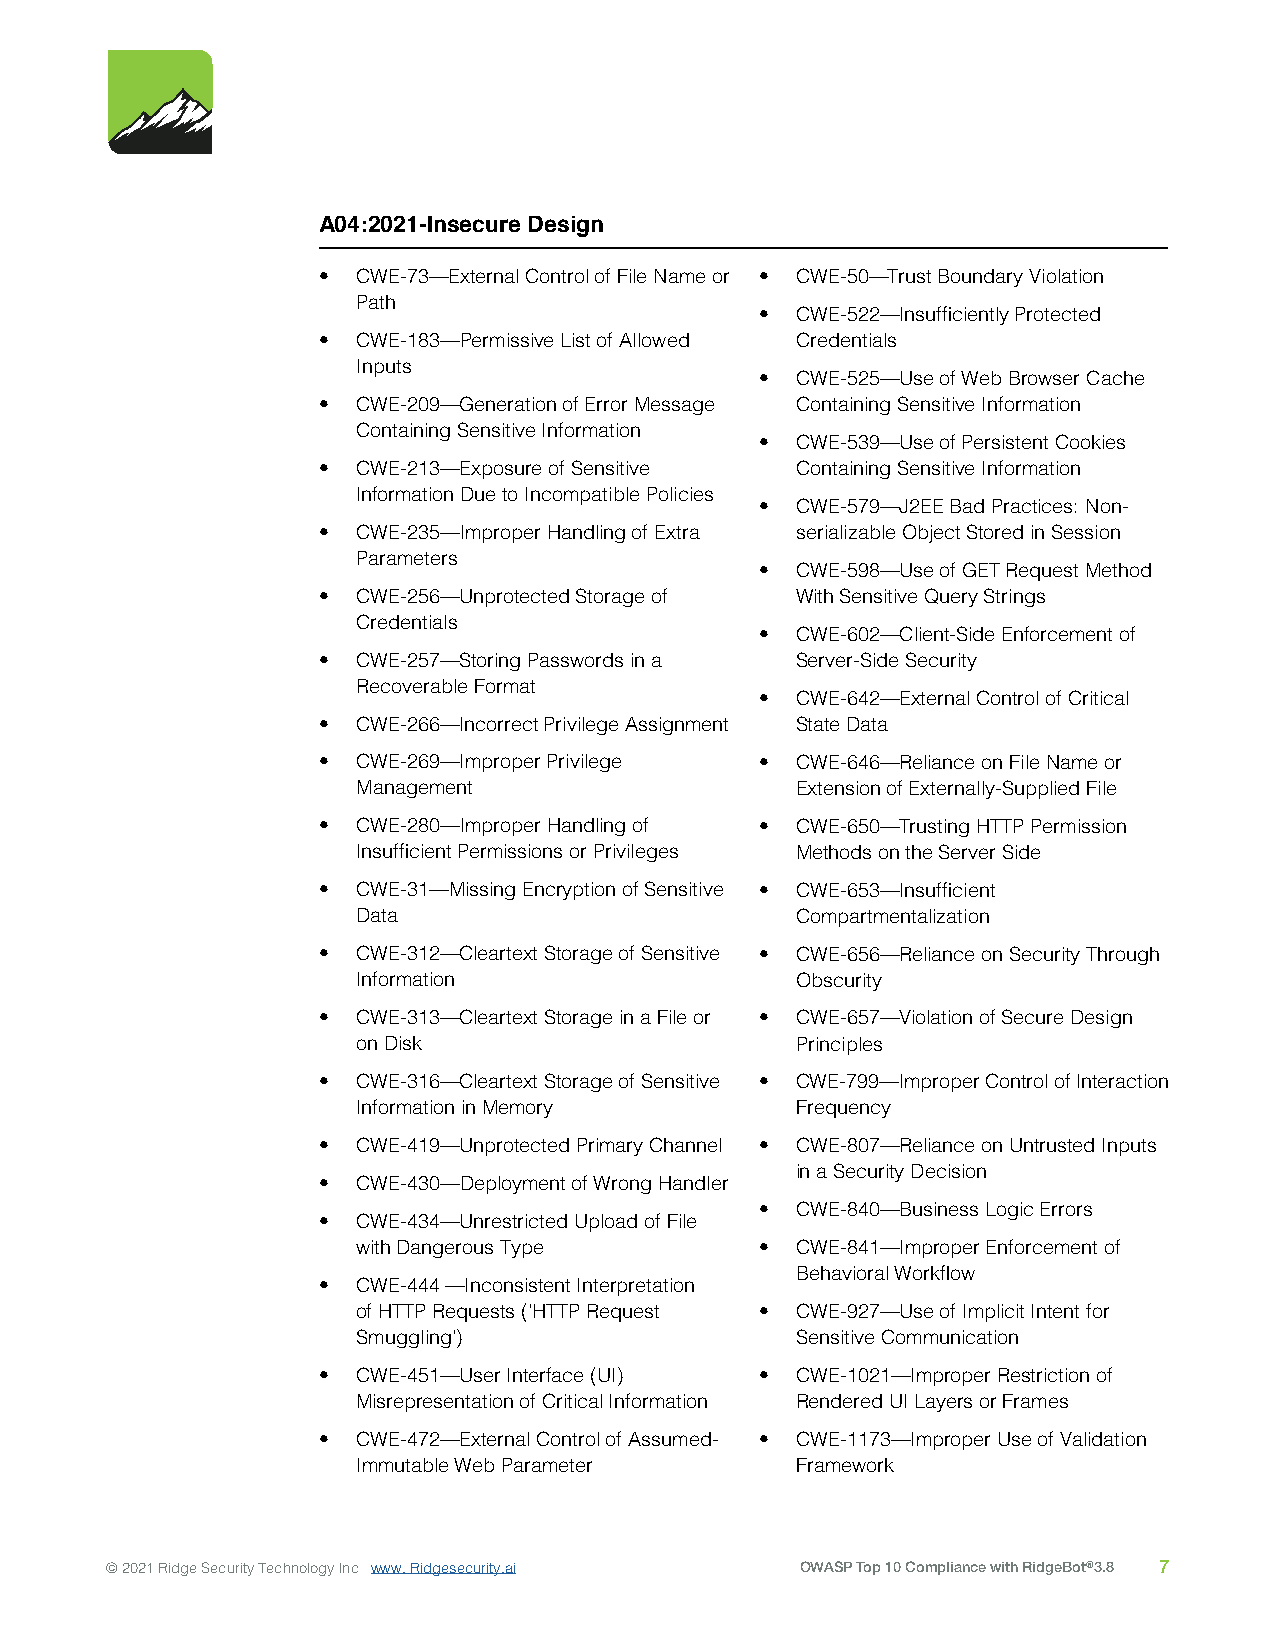
A04:2021-Insecure Design
 •  CWE-73—External Control of File Name or • CWE-50—Trust Boundary Violation
 Path
 •  CWE-522—Insufficiently Protected
 •  CWE-183—Permissive List of Allowed Credentials
 Inputs
 •  CWE-525—Use of Web Browser Cache
 •  CWE-209—Generation of Error Message Containing Sensitive Information
 Containing Sensitive Information
 •  CWE-539—Use of Persistent Cookies
 •  CWE-213—Exposure of Sensitive Containing Sensitive Information
 Information Due to Incompatible Policies
 •  CWE-579—J2EE Bad Practices: Non-
 •  CWE-235—Improper Handling of Extra serializable Object Stored in Session
 Parameters
 •  CWE-598—Use of GET Request Method
 •  CWE-256—Unprotected Storage of With Sensitive Query Strings
 Credentials
 •  CWE-602—Client-Side Enforcement of
 •  CWE-257—Storing Passwords in a Server-Side Security
 Recoverable Format
 •  CWE-642—External Control of Critical
 •  CWE-266—Incorrect Privilege Assignment State Data
 •  CWE-269—Improper Privilege • CWE-646—Reliance on File Name or
 Management                   Extension of Externally-Supplied File
 •  CWE-280—Improper Handling of • CWE-650—Trusting HTTP Permission
 Insufficient Permissions or Privileges Methods on the Server Side
 •  CWE-31—Missing Encryption of Sensitive • CWE-653—Insufficient
 Data                         Compartmentalization
 •  CWE-312—Cleartext Storage of Sensitive • CWE-656—Reliance on Security Through
 Information                  Obscurity
 •  CWE-313—Cleartext Storage in a File or • CWE-657—Violation of Secure Design
 on Disk                      Principles
 •  CWE-316—Cleartext Storage of Sensitive • CWE-799—Improper Control of Interaction
 Information in Memory        Frequency
 •  CWE-419—Unprotected Primary Channel • CWE-807—Reliance on Untrusted Inputs
 in a Security Decision
 •  CWE-430—Deployment of Wrong Handler
 •  CWE-840—Business Logic Errors
 •  CWE-434—Unrestricted Upload of File
 with Dangerous Type       •  CWE-841—Improper Enforcement of
 Behavioral Workflow
 •  CWE-444 —Inconsistent Interpretation
 of HTTP Requests ('HTTP Request • CWE-927—Use of Implicit Intent for
 Smuggling')                  Sensitive Communication
 •  CWE-451—User Interface (UI) • CWE-1021—Improper Restriction of
 Misrepresentation of Critical Information Rendered UI Layers or Frames
 •  CWE-472—External Control of Assumed- • CWE-1173—Improper Use of Validation
 Immutable Web Parameter      Framework
 © 2021 Ridge Security Technology Inc www. Ridgesecurity.ai OWASP Top 10 Compliance with RidgeBot®3.8 7